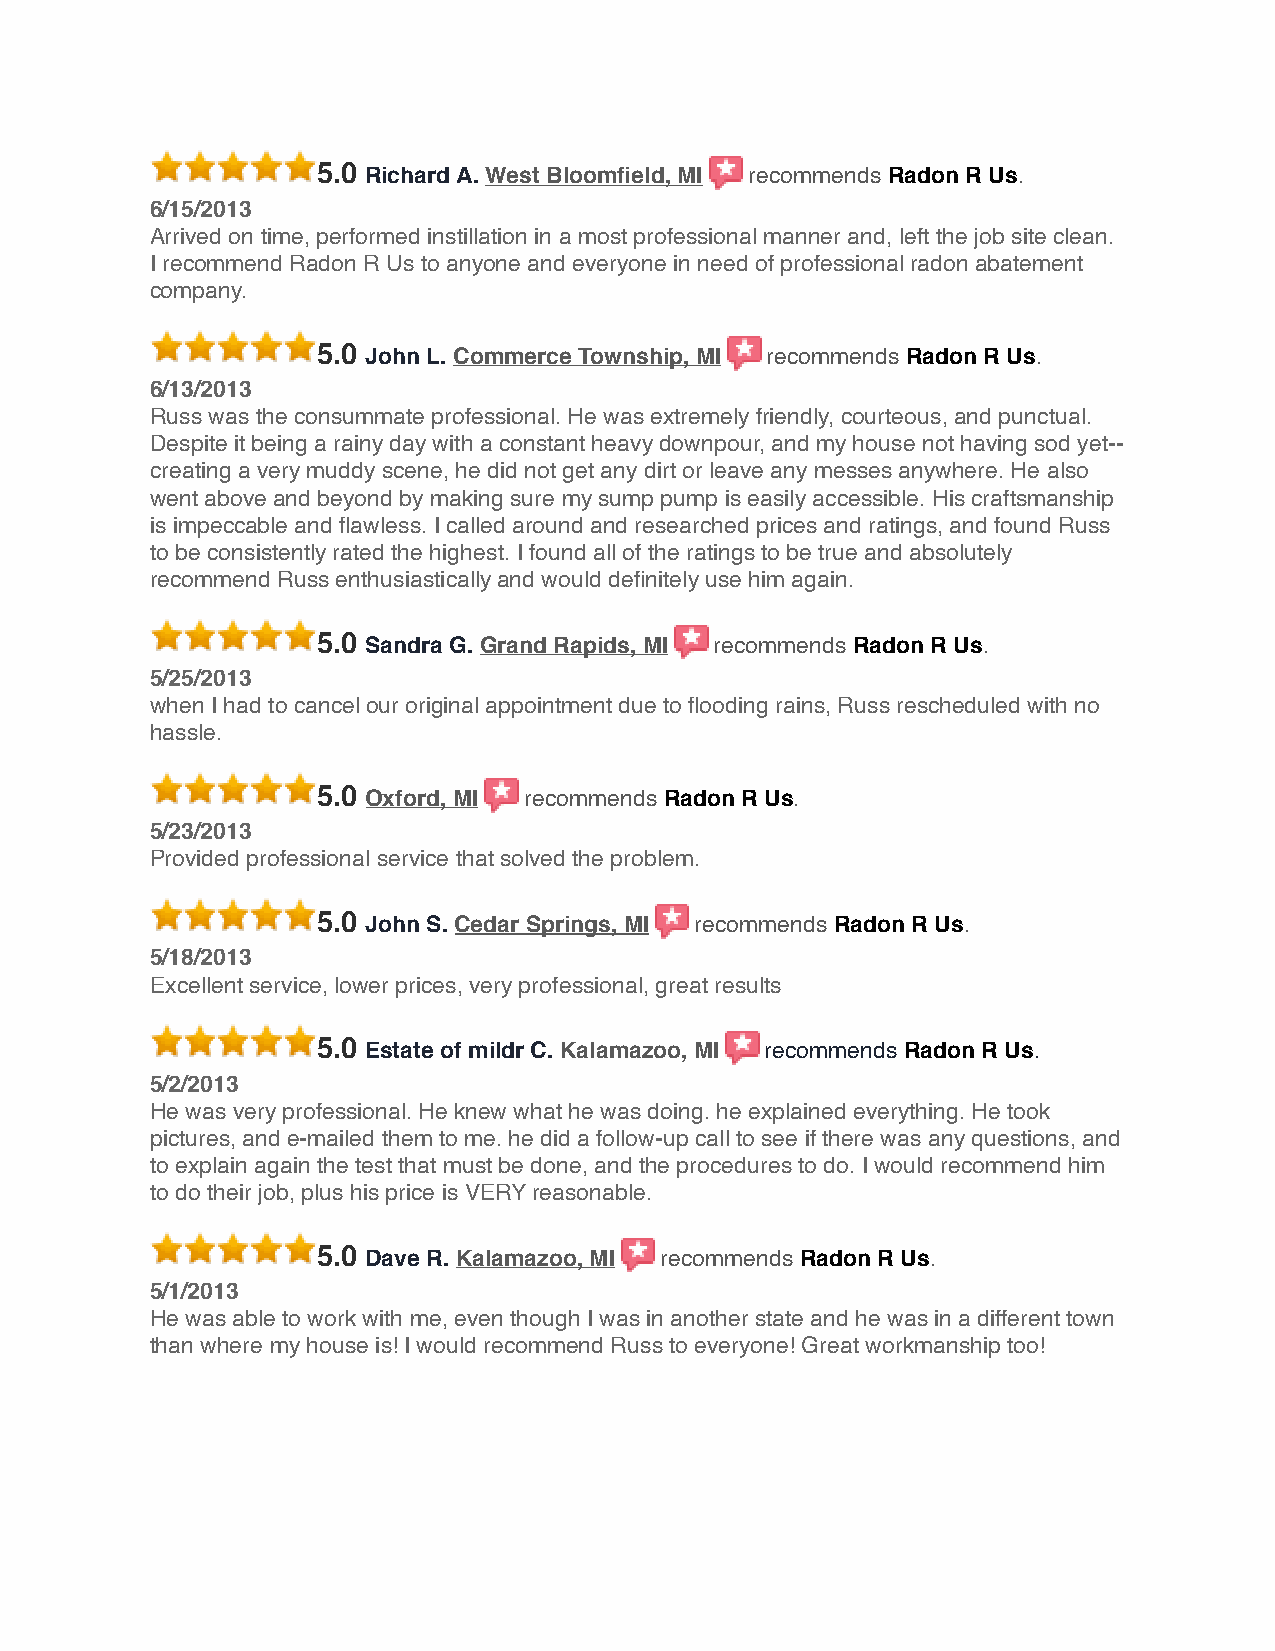
5.0 Richard A. West Bloomfield, MI recommends Radon R Us.
 6/15/2013
 Arrived on time, performed instillation in a most professional manner and, left the job site clean.
 I recommend Radon R Us to anyone and everyone in need of professional radon abatement
 company.
 5.0 John L. Commerce Township, MI recommends Radon R Us.
 6/13/2013
 Russ was the consummate professional. He was extremely friendly, courteous, and punctual.
 Despite it being a rainy day with a constant heavy downpour, and my house not having sod yet--
 creating a very muddy scene, he did not get any dirt or leave any messes anywhere. He also
 went above and beyond by making sure my sump pump is easily accessible. His craftsmanship
 is impeccable and flawless. I called around and researched prices and ratings, and found Russ
 to be consistently rated the highest. I found all of the ratings to be true and absolutely
 recommend Russ enthusiastically and would definitely use him again.
 5.0 Sandra G. Grand Rapids, MI recommends Radon R Us.
 5/25/2013
 when I had to cancel our original appointment due to flooding rains, Russ rescheduled with no
 hassle.
 5.0 Oxford, MI recommends Radon R Us.
 5/23/2013
 Provided professional service that solved the problem.
 5.0 John S. Cedar Springs, MI recommends Radon R Us.
 5/18/2013
 Excellent service, lower prices, very professional, great results
 5.0 Estate of mildr C. Kalamazoo, MI recommends Radon R Us.
 5/2/2013
 He was very professional. He knew what he was doing. he explained everything. He took
 pictures, and e-mailed them to me. he did a follow-up call to see if there was any questions, and
 to explain again the test that must be done, and the procedures to do. I would recommend him
 to do their job, plus his price is VERY reasonable.
 5.0 Dave R. Kalamazoo, MI recommends Radon R Us.
 5/1/2013
 He was able to work with me, even though I was in another state and he was in a different town
 than where my house is! I would recommend Russ to everyone! Great workmanship too!